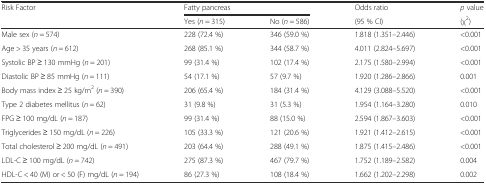
<table><thead><tr><td rowspan="2"><b>Risk Factor</b></td><td colspan="2"><b>Fatty pancreas</b></td><td><b>Odds ratio</b></td><td><b><i>p</i> value</b></td></tr><tr><td><b>Yes (<i>n</i> = 315)</b></td><td><b>No (<i>n</i> = 586)</b></td><td><b>(95 % CI)</b></td><td><b>(χ<sup>2</sup>)</b></td></tr></thead><tbody><tr><td>Male sex (<i>n</i> = 574)</td><td>228 (72.4 %)</td><td>346 (59.0 %)</td><td>1.818 (1.351–2.446)</td><td>&lt;0.001</td></tr><tr><td>Age &gt; 35 years (<i>n</i> = 612)</td><td>268 (85.1 %)</td><td>344 (58.7 %)</td><td>4.011 (2.824–5.697)</td><td>&lt;0.001</td></tr><tr><td>Systolic BP ≥ 130 mmHg (<i>n</i> = 201)</td><td>99 (31.4 %)</td><td>102 (17.4 %)</td><td>2.175 (1.580–2.994)</td><td>&lt;0.001</td></tr><tr><td>Diastolic BP ≥ 85 mmHg (<i>n</i> = 111)</td><td>54 (17.1 %)</td><td>57 (9.7 %)</td><td>1.920 (1.286–2.866)</td><td>0.001</td></tr><tr><td>Body mass index ≥ 25 kg/m<sup>2</sup> (<i>n</i> = 390)</td><td>206 (65.4 %)</td><td>184 (31.4 %)</td><td>4.129 (3.088–5.520)</td><td>&lt;0.001</td></tr><tr><td>Type 2 diabetes mellitus (<i>n</i> = 62)</td><td>31 (9.8 %)</td><td>31 (5.3 %)</td><td>1.954 (1.164–3.280)</td><td>0.010</td></tr><tr><td>FPG ≥ 100 mg/dL (<i>n</i> = 187)</td><td>99 (31.4 %)</td><td>88 (15.0 %)</td><td>2.594 (1.867–3.603)</td><td>&lt;0.001</td></tr><tr><td>Triglycerides ≥ 150 mg/dL (<i>n</i> = 226)</td><td>105 (33.3 %)</td><td>121 (20.6 %)</td><td>1.921 (1.412–2.615)</td><td>&lt;0.001</td></tr><tr><td>Total cholesterol ≥ 200 mg/dL (<i>n</i> = 491)</td><td>203 (64.4 %)</td><td>288 (49.1 %)</td><td>1.875 (1.415–2.486)</td><td>&lt;0.001</td></tr><tr><td>LDL-C ≥ 100 mg/dL (<i>n</i> = 742)</td><td>275 (87.3 %)</td><td>467 (79.7 %)</td><td>1.752 (1.189–2.582)</td><td>0.004</td></tr><tr><td>HDL-C &lt; 40 (M) or &lt; 50 (F) mg/dL (<i>n</i> = 194)</td><td>86 (27.3 %)</td><td>108 (18.4 %)</td><td>1.662 (1.202–2.298)</td><td>0.002</td></tr></tbody></table>